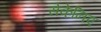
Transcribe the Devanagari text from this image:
सेकेनिए